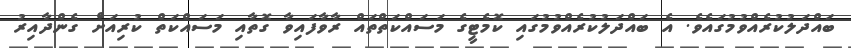
ބައްދަލުކުރެއްވުމުގައެވެ. އެ ބައްދަލުކުރެއްވުމުގައި ކޮމެޓީގެ މަސައްކަތްތައް ރާވާފައިވާ ގޮތާއި މަސައްކަތް ކުރިއަށް ގެންދާއިރު